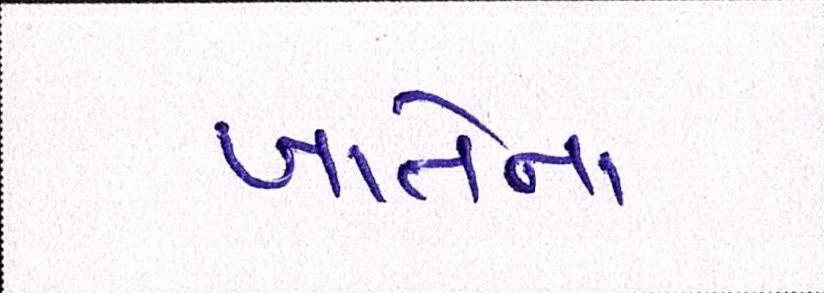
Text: ખાતેના